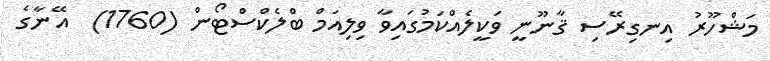
މަޝްހޫރު އިނގިރޭސި ޤާނޫނީ ވަކީލެއްކަމުގައިވާ ވިލިއަމް ބްލެކްސްޓޯން (1760)  އޭނާގެ